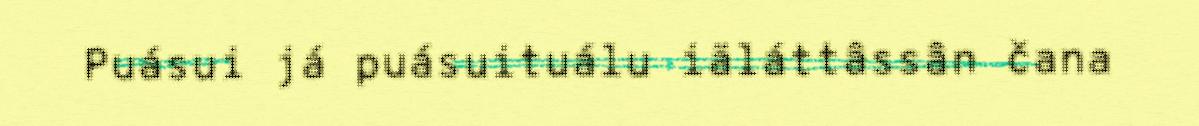
Puásui já puásuituálu iäláttâssân čana